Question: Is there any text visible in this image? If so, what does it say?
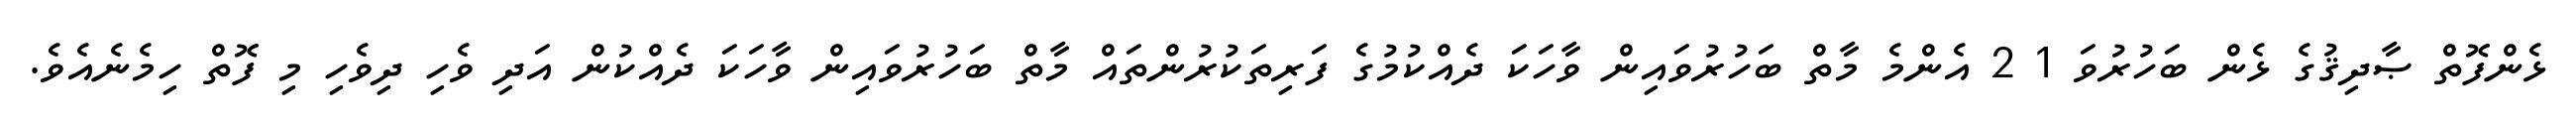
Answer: ޅެންފޮތް ޞާދިޤުގެ ޅެން ބަހުރުވަ 1 2 އެންމެ މާތް ބަހުރުވައިން ވާހަކަ ދެއްކުމުގެ ފަރިތަކުރުންތައް މާތް ބަހުރުވައިން ވާހަކަ ދެއްކުން އަދި ވެހި ދިވެހި މި ފޮތް ހިމެނެއެވެ.